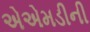
એએમડીની